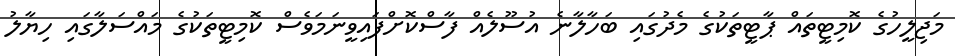
މަޖިލީހުގެ ކޮމިޓީތައް ޕާޓީތަކުގެ މެދުގައި ބަހާލާނެ އުސޫލެއް ފާސްކޮށްފައިވީނަމަވެސް ކޮމިޓީތަކުގެ މައްސަލާގައި ހިޔާލު